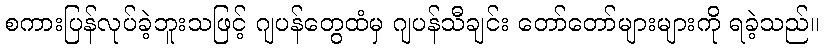
စကားပြန်လုပ်ခဲ့ဘူးသဖြင့် ဂျပန်တွေထံမှ ဂျပန်သီချင်း တော်တော်များများကို ရခဲ့သည်။